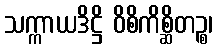
သက္ကာယဒိဋ္ဌိ ဝိစိကိစ္ဆိတဉ္စ၊